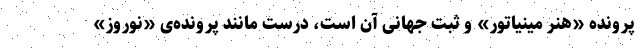
پرونده «هنر مینیاتور» و ثبت جهانی آن است، درست مانند پرونده‌ی «نوروز»